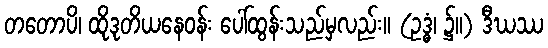
တတောပိ၊ ထိုဒုတိယနေဝန်း ပေါ်ထွန်းသည်မှလည်း။ (ဥဒ္ဓံ၊ ၌။) ဒီဃဿ